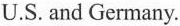
U.S. And Germany.